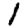
Digit: 1